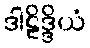
ဒါဠိဒ္ဒိယံ